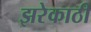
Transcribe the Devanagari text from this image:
झरेकाठी